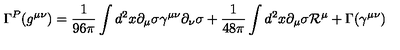
\Gamma ^ { P } ( g ^ { \mu \nu } ) = \frac { 1 } { 9 6 \pi } \int d ^ { 2 } x \partial _ { \mu } \sigma \gamma ^ { \mu \nu } \partial _ { \nu } \sigma + \frac { 1 } { 4 8 \pi } \int d ^ { 2 } x \partial _ { \mu } \sigma { \cal R } ^ { \mu } + \Gamma ( \gamma ^ { \mu \nu } )